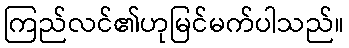
ကြည်လင်၏ဟုမြင်မက်ပါသည်။